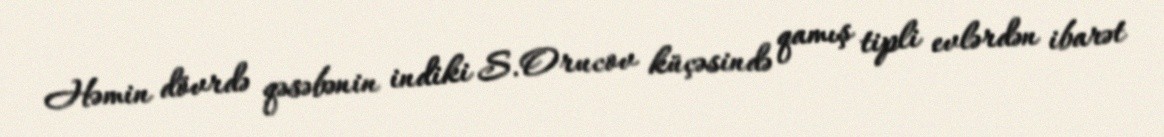
Həmin dövrdə qəsəbənin indiki S.Orucov küçəsində qamış tipli evlərdən ibarət